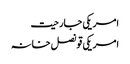
امریکی جارحیت
امریکی قونصل خانہ